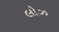
લોઝ